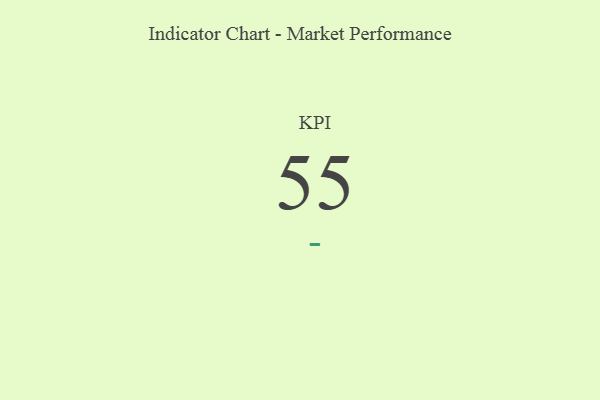
{"axis": {"x": "KPI", "y": "Value"}, "legend": [""], "data": [{"x": "KPI", "y": 55, "type": ""}]}